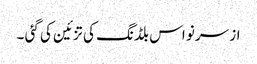
از سرنو اس بلڈنگ کی تزئین کی گئی ۔